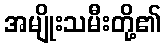
အမျိုးသမီးတို့၏